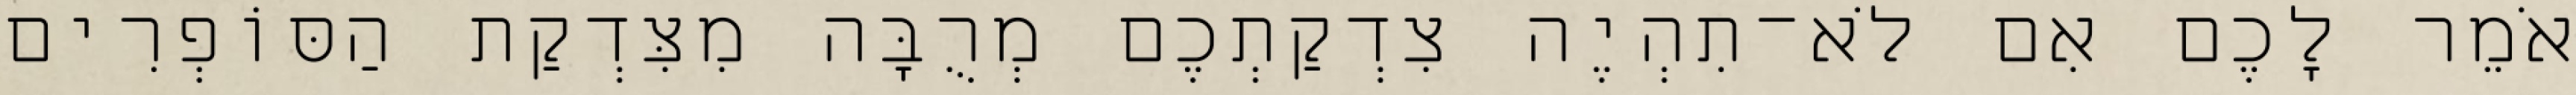
אֹמֵר לָכֶם אִם לֹא־תִהְיֶה צִדְקַתְכֶם מְרֻבָּה מִצִּדְקַת הַסּוֹפְרִים